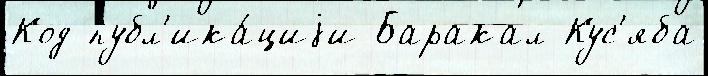
Код публ'ика́циjи Баракал Кус'яба